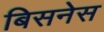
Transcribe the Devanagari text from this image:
बिसनेस